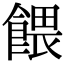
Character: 餵